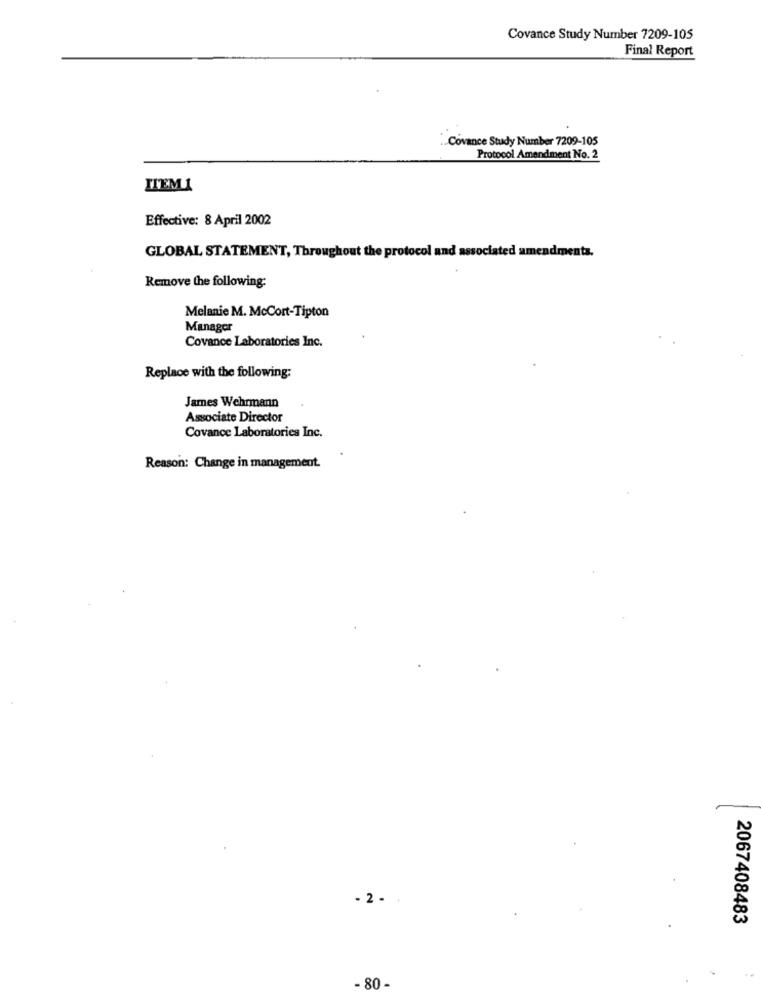
Covance Study Number 7209-105
Final Report
Covance Study Number 7209-105
Protocol Amendment No. 2
ITEMI
Effective: 8 April 2002
GLOBAL STATEMENT, Throughout the protocol and associated amendments.
Remove the following:
Melanie M. McCort-Tipton
Manager
Covance Laboratories Inc.
Replace with the following:
James Wehrmann
Associate Director
Covance Laboratories Inc.
Reason: Change in management.
- 2 - .
2067408483
- 80 -